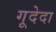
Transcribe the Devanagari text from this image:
गूदेदा